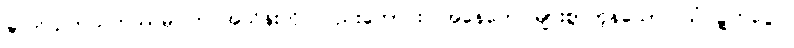
ဇာတိသတသဟဿမ္ပိ၊ ဘဝအသိန်းကို လည်းကောင်း။ အနေကေ၊ များစွာကုန်သော။ သံဝဋ္ဋကပ္ပေပိ၊